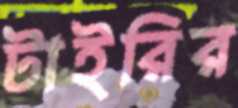
টাইরির